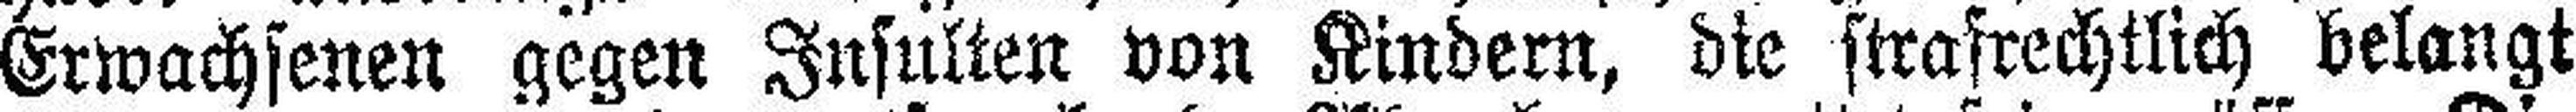
Erwachsenen gegen Insulten von Kindern, die strafrechtlich belangt